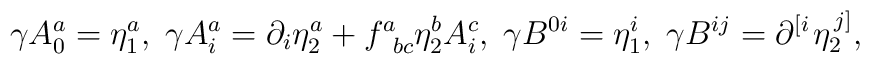
\gamma A_0^a=\eta _1^a,\;\gamma A_i^a=\partial _i\eta _2^a+f_{\;\;bc}^a\eta_2^bA_i^c,\;\gamma B^{0i}=\eta _1^i,\;\gamma B^{ij}=\partial ^{\left[i\right. }\eta _2^{\left. j\right] },